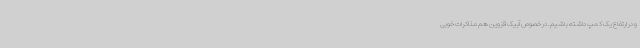
و در ارتفاع یک کمپ داشته باشیم. در خصوص آبیک قزوین هم مذاکرات خوبی